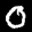
Label: 0